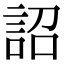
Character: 詔